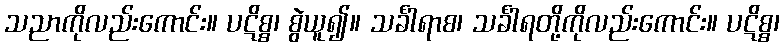
သညာကိုလည်းကောင်း။ ပဋိစ္စ၊ စွဲယူ၍။ သင်္ခါရာစ၊ သင်္ခါရတို့ကိုလည်းကောင်း။ ပဋိစ္စ၊